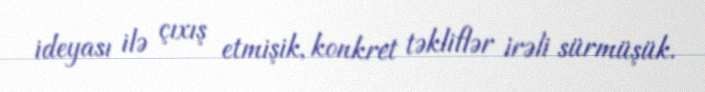
ideyası ilə çıxış etmişik, konkret təkliflər irəli sürmüşük.